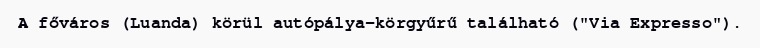
A főváros (Luanda) körül autópálya–körgyűrű található ("Via Expresso").